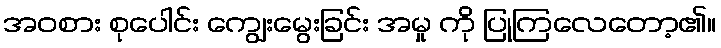
အဝစား စုပေါင်း ကျွေးမွေးခြင်း အမှု ကို ပြုကြလေတော့၏။